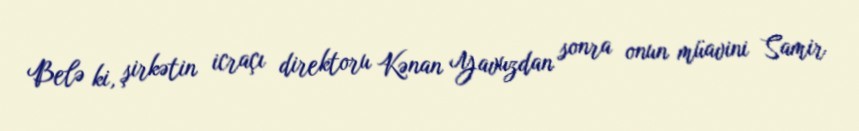
Belə ki, şirkətin icraçı direktoru Kənan Yavuzdan sonra onun müavini Samir